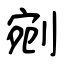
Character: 剜